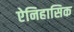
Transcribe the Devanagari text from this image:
ऐनिहासिक